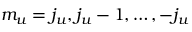
m _ { u } = j _ { u } , j _ { u } - 1 , \ldots , - j _ { u }